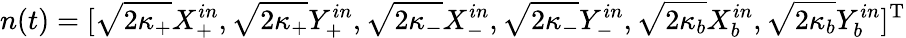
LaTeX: n(t)=[\sqrt[]{2\kappa_{+}}X_{+}^{in},\sqrt[]{2\kappa_{+}}Y_{+}^{in},\sqrt[]{2\kappa_{-}}X_{-}^{in},\sqrt[]{2\kappa_{-}}Y_{-}^{in},\sqrt[]{2\kappa_{b}}X_{b}^{in},\sqrt[]{2\kappa_{b}}Y_{b}^{in}]^{\mathrm{T}}